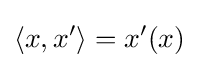
\left\langle x,x^{\prime }\right\rangle =x^{\prime }(x)